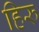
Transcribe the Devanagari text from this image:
हिरु